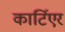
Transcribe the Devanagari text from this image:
कार्टिएर